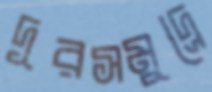
দূরসমুদ্রে